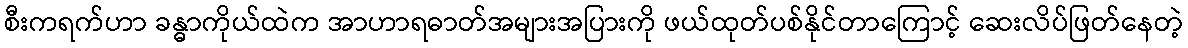
စီးကရက်ဟာ ခန္ဓာကိုယ်ထဲက အာဟာရဓာတ်အများအပြားကို ဖယ်ထုတ်ပစ်နိုင်တာကြောင့် ဆေးလိပ်ဖြတ်နေတဲ့